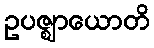
ဥပဇ္ဈာယောတိ